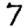
Digit: 7